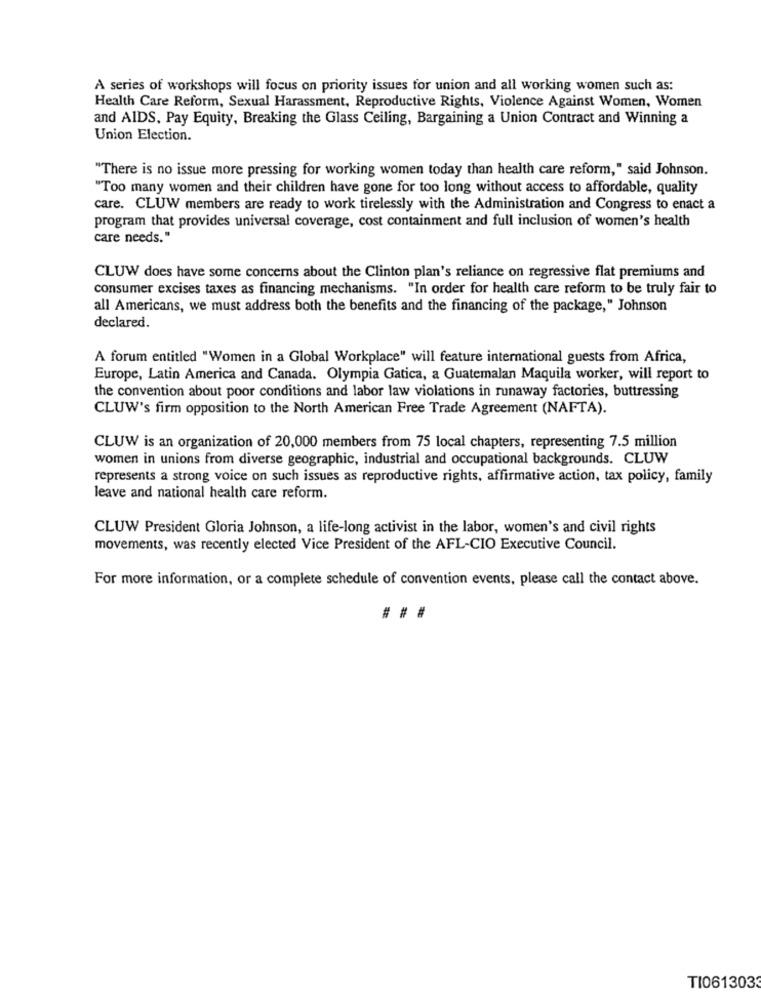
A series of workshops will focus on priority issues for union and all working women such as:
Health Care Reform, Sexual Harassment, Reproductive Rights, Violence Against Women, Women
and AIDS, Pay Equity, Breaking the Glass Ceiling, Bargaining a Union Contract and Winning a
Union Election.
"There is no issue more pressing for working women today than health care reform," said Johnson.
"Too many women and their children have gone for too long without access to affordable, quality
care. CLUW members are ready to work tirelessly with the Administration and Congress to enact a
program that provides universal coverage, cost containment and full inclusion of women's health
care needs."
CLUW does have some concerns about the Clinton plan's reliance on regressive flat premiums and
consumer excises taxes as financing mechanisms. "In order for health care reform to be truly fair to
all Americans, we must address both the benefits and the financing of the package," Johnson
declared.
A forum entitled "Women in a Global Workplace" will feature international guests from Africa,
Europe, Latin America and Canada. Olympia Gatica, a Guatemalan Maquila worker, will report to
the convention about poor conditions and labor law violations in runaway factories, buttressing
CLUW's firm opposition to the North American Free Trade Agreement (NAFTA).
CLUW is an organization of 20,000 members from 75 local chapters, representing 7.5 million
women in unions from diverse geographic, industrial and occupational backgrounds. CLUW
represents a strong voice on such issues as reproductive rights, affirmative action, tax policy, family
leave and national health care reform.
CLUW President Gloria Johnson, a life-long activist in the labor, women's and civil rights
movements, was recently elected Vice President of the AFL-CIO Executive Council.
For more information, or a complete schedule of convention events, please call the contact above.
## #
TI061303